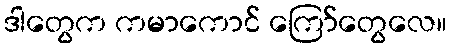
ဒါတွေက ကမာကောင် ကြော်တွေလေ။